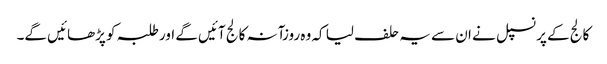
کالج کے پرنسپل نے ان سے یہ حلف لیا کہ وہ روزآنہ کالج آئیں گے اور طلبہ کو پڑھائیں گے۔